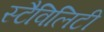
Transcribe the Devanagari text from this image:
स्टैविलिटी